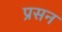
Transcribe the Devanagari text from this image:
प्रसन